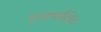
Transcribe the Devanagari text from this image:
हफ्थलिट